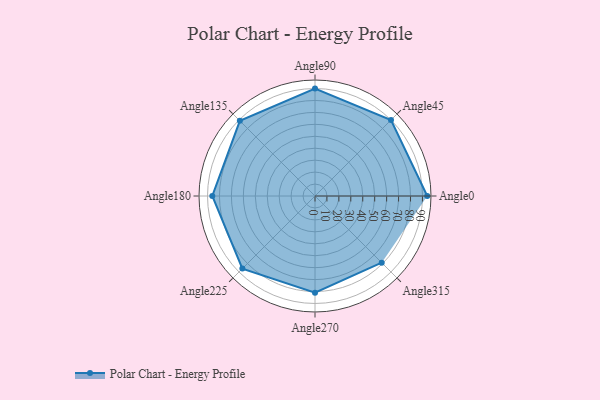
{"axis": {"x": "Angle", "y": "Radius"}, "legend": [""], "data": [{"x": "Angle0", "y": 94.0, "type": ""}, {"x": "Angle45", "y": 90.0, "type": ""}, {"x": "Angle90", "y": 90.0, "type": ""}, {"x": "Angle135", "y": 89.0, "type": ""}, {"x": "Angle180", "y": 86.0, "type": ""}, {"x": "Angle225", "y": 86.0, "type": ""}, {"x": "Angle270", "y": 81.0, "type": ""}, {"x": "Angle315", "y": 79.0, "type": ""}]}